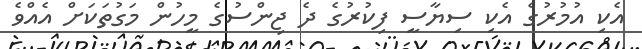
އެކި އުމުރުގެ އެކި ސިޔާސީ ފިކުރުގެ ދެ ޖިންސުގެ މީހުން މަގުތަކަށް އެއްވެ